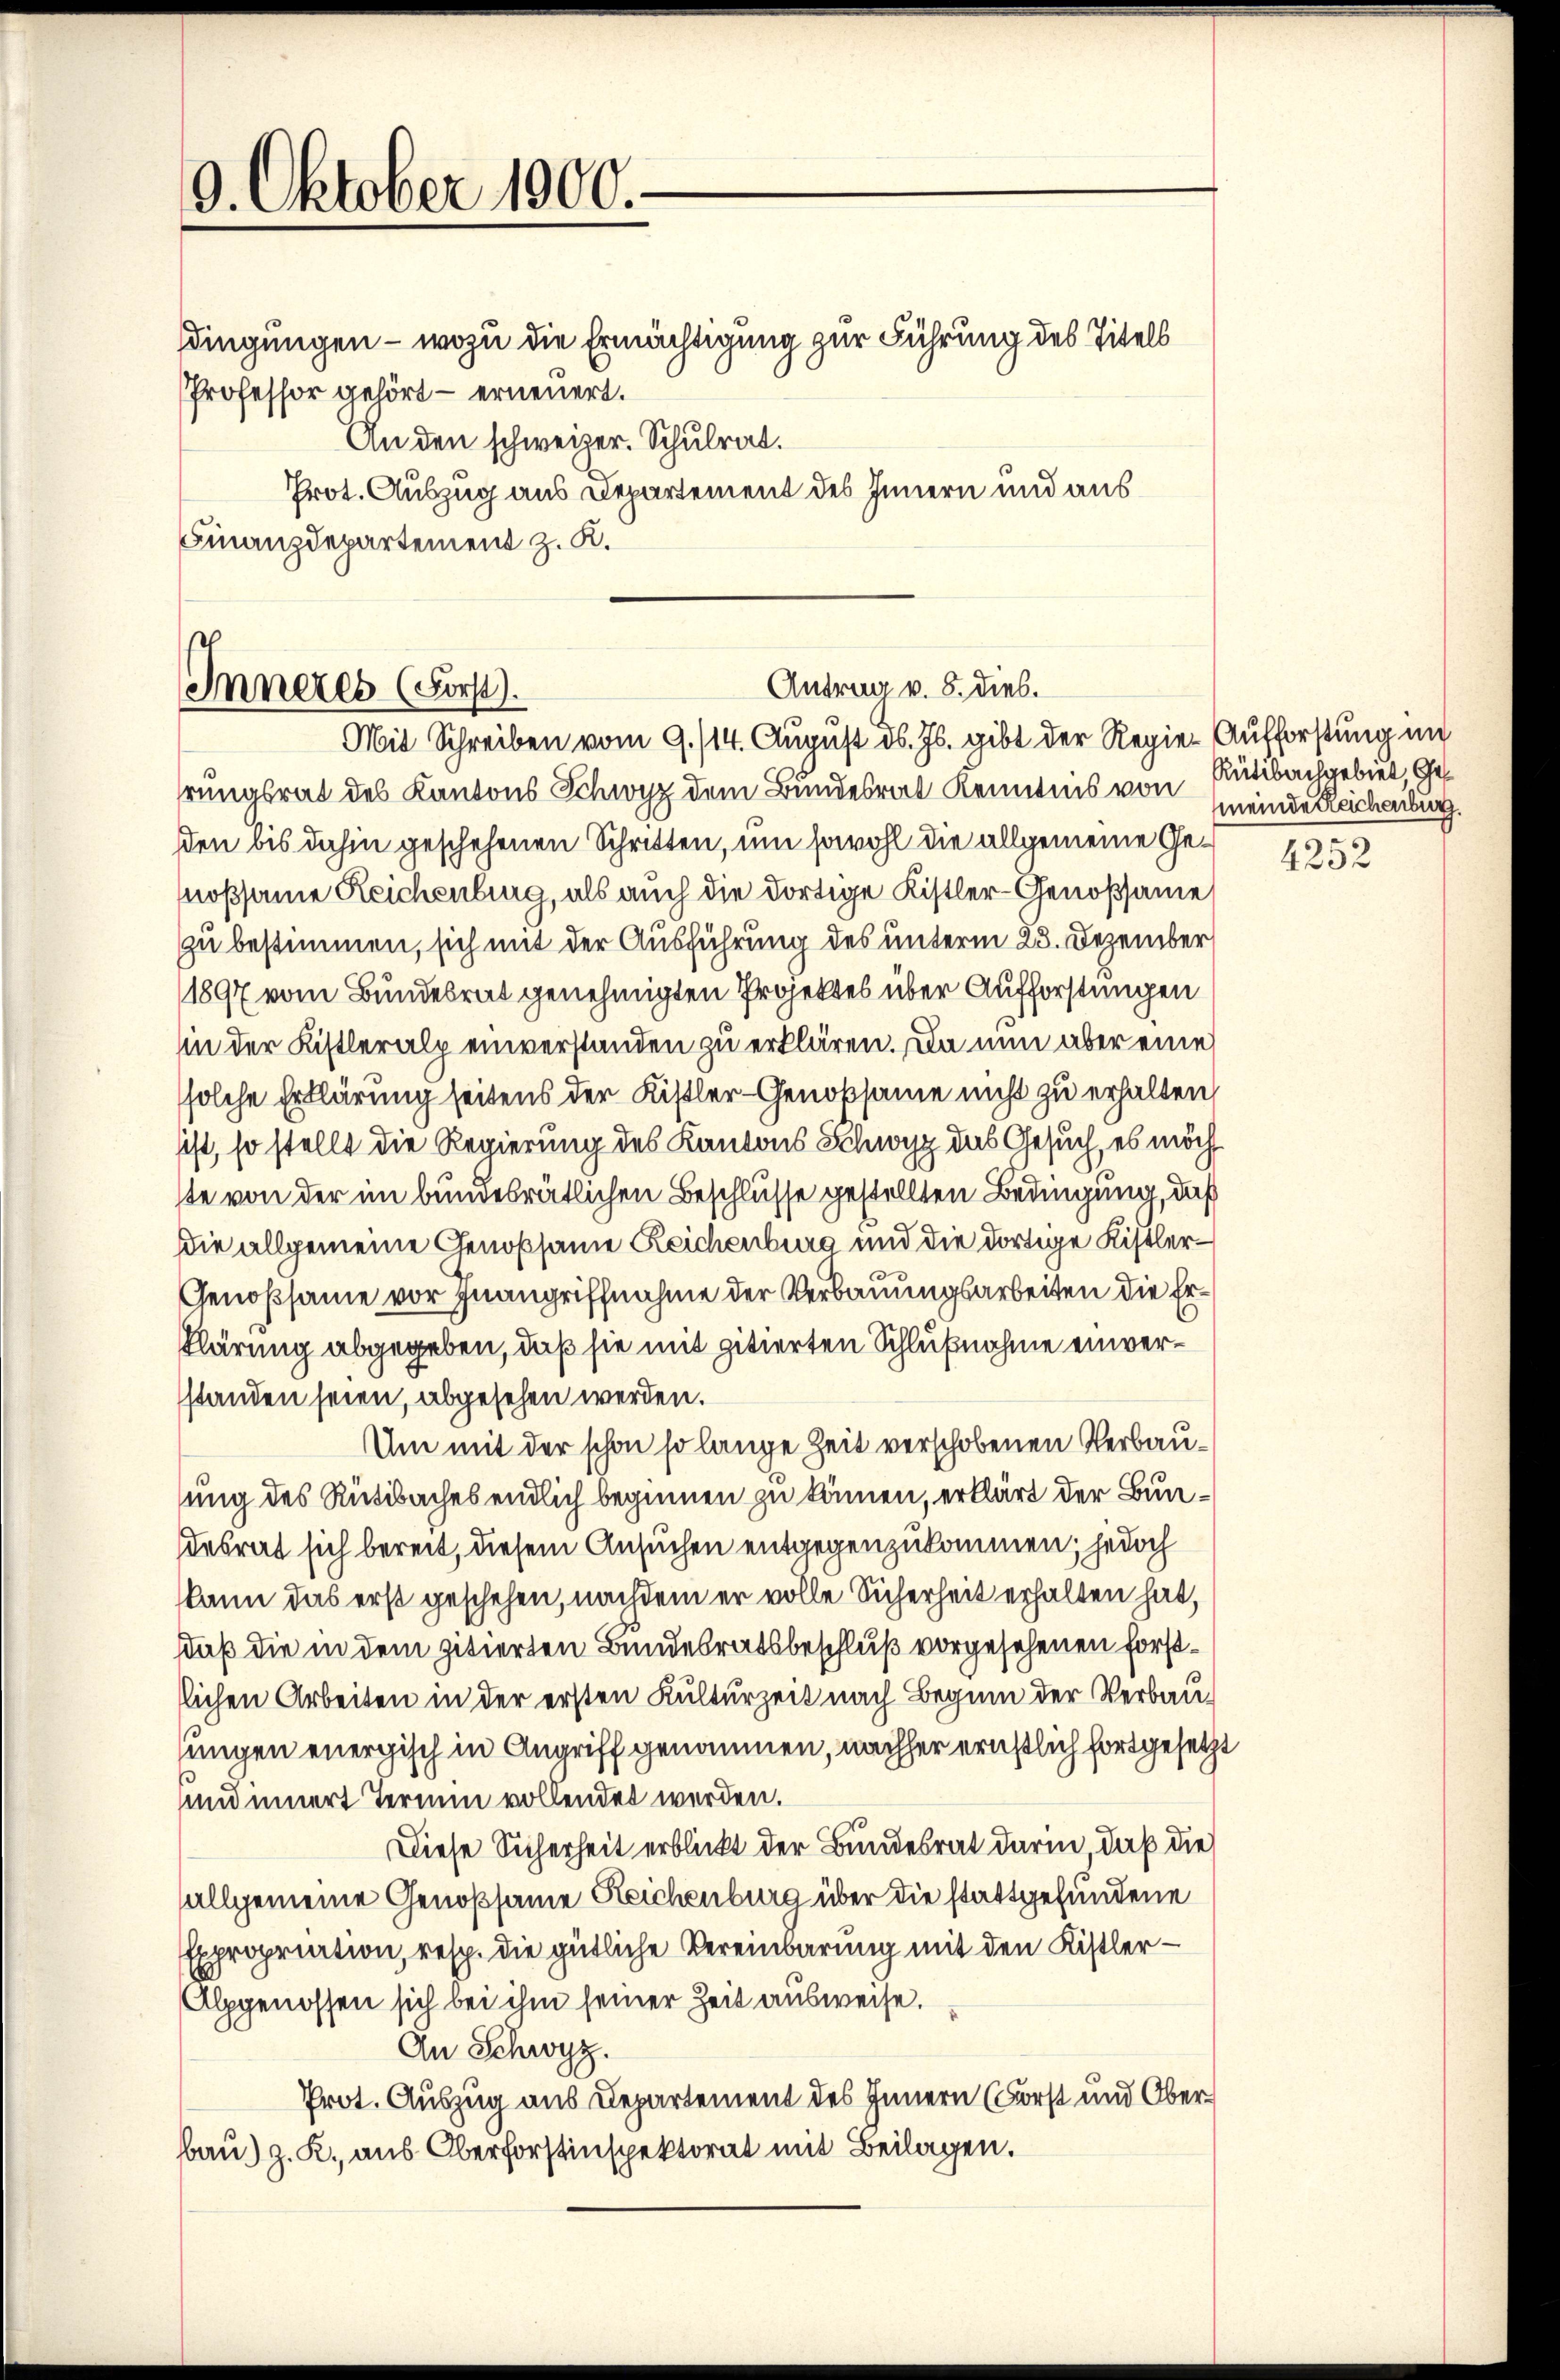
9. Oktober 1900.

dingungen - wozu die Ermächtigung zur Führung des Titels
PProfessor gehört – erneuert.
An den schweizer. Schulrat.
Prot. Auszug aus Departement des Innern und aus
Finanzdepartement z. K.

Antrag v. 8. dies.
Inneres (Forst).
Mit Schreiben vom 9./14. August d. Js. gibt der Regie-Aufforstung un

rungsrat des Kantons Schwyz dem Bundesrat Kenntnis von Rütibachgebiet, Geden bis dahin geschehenen Schritten, um sowohl die allgemeine Genoßsame Reichenburg, als auch die dortige Kistler-Genossame
zu bestimmen, sich mit der Ausführung des unterm 23. Dezember
(1897 vom Bundesrat genehmigten Projektes über Aufforstungen
hin der Kistleralp einverstanden zu erklären. Da nun aber eine
solche Erklärung seitens der Kistler-Genossame nicht zu erhalten,
sist, so stellt die Regierung des Kantons Schwyz das Gesuch, es möchste von der im bundesrätlichen Beschlusse gestellten Bedingung, daß
Die allgemeine Genossame Reichenburg und die dortige Kistler¬
Genossame vor Inangriffnahme der Verbauungsarbeiten die Erklärung abgegeben, daß sie mit zitierten Schlußnahme einverstanden seien, abgesehen werden.
Um mit der schon so lange Zeit verschobenen Verbausung des Rütibaches endlich beginnen zu können, erklärt der Bundesrat sich bereit, diesem Ansuchen entgegenzukommen; jedoch
kann das erst geschehen, nachdem er volle Sicherheit erhalten hat,
saß die in dem zitierten Bundesratsbeschluß vorgesehenen Forstlichen Arbeiten in der ersten Kulturzeit nach Beginn der Verbausungen energisch in Angriff genommen, nachher ernstlich fortgesetzt
und innert Termin vollendet werden.
Diese Sicherheit erblickt der Bundesrat darin, daß die
allgemeine Genossame Reichenburg über die stattgefundene
Expropriation, resp. die gütliche Vereinbarung mit den Kistler¬
Alpgenossen sich bei ihm seiner Zeit ausweise.
An Schwyz.
Prot. Auszug aus Departement des Innern (Forst und Oberbau) z. R., aus Oberforstinspektorat mit Beilagen.

meinde Reichenburg.
e

4232